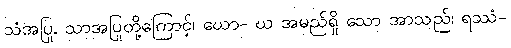
သံအပြု, သာအပြုတို့ကြောင့်၊ ဃော- ဃ အမည်ရှိ သော အာသည်၊ ရဿံ-